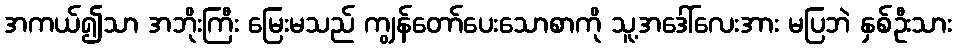
အကယ်၍သာ အဘိုးကြီး မြေးမသည် ကျွန်တော်ပေးသောစာကို သူ့အဒေါ်လေးအား မပြဘဲ နှစ်ဦးသား